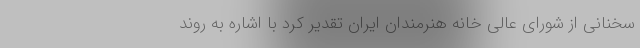
سخنانی از شورای عالی خانه هنرمندان ایران تقدیر کرد با اشاره به روند